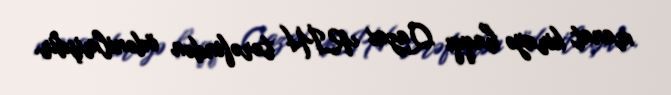
manat kirayə haqqı Qazax RİH tərəfindən ödənilmişdir.